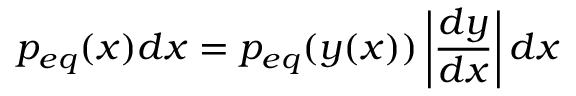
p _ { e q } ( x ) d x = p _ { e q } ( y ( x ) ) \left| \frac { d y } { d x } \right| d x